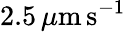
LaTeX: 2.5\, \mu\mathrm{m}\, \mathrm{s}^{-1}